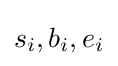
s_{i},b_{i},e_{i}